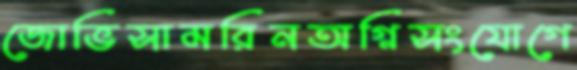
জোভিসামরিনঅগ্নিসংযোগে